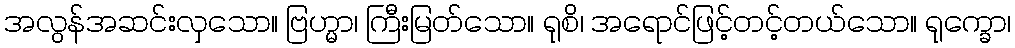
အလွန်အဆင်းလှသော။ ဗြဟ္မာ၊ ကြီးမြတ်သော။ ရုစိ၊ အရောင်ဖြင့်တင့်တယ်သော။ ရုက္ခော၊